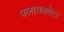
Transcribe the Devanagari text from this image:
पलायकोटा